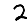
Digit: 2